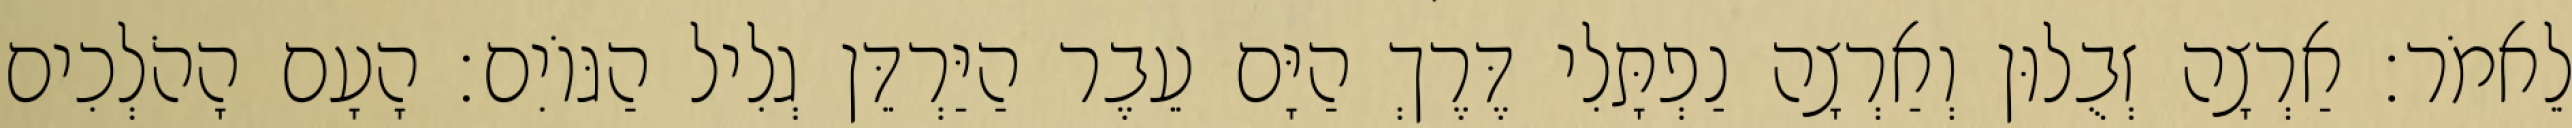
לֵאמֹר׃ אַרְצָה זְבֻלוּן וְאַרְצָה נַפְתָּלִי דֶּרֶךְ הַיָּם עֵבֶר הַיַּרְדֵּן גְלִיל הַגּוֹיִם׃ הָעָם הָהֹלְכִים